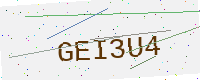
Text: GEI3U4